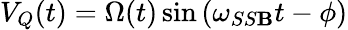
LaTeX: V_{Q}(t)=\Omega(t)\sin\left(\omega_{SS\mathbf{B}}t-\phi\right)